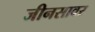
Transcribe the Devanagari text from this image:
जीनसावर